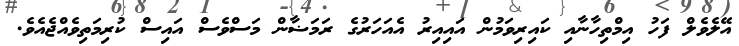
އޭލެވެލް ފަހު އިމްތިހާނާއި ކައިރިވަމުން އައިއިރު އެއަހަރުގެ ރަމަޟާން މަސްވެސް އައިސް ކުރިމަތިވެއްޖެއެވެ.